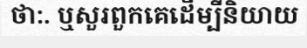
ថា:. ឬសួរពួកគេដើម្បីនិយាយ